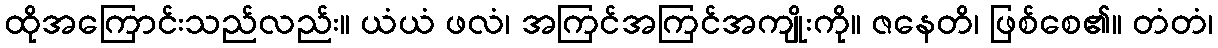
ထိုအကြောင်းသည်လည်း။ ယံယံ ဖလံ၊ အကြင်အကြင်အကျိုးကို။ ဇနေတိ၊ ဖြစ်စေ၏။ တံတံ၊